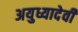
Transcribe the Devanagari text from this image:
अयुध्यादेवी